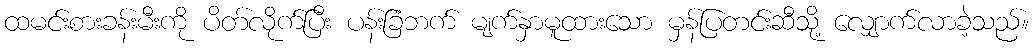
ထမင်းစားခန်းမီးကို ပိတ်လိုက်ပြီး ပန်းခြံဘက် မျက်နှာမူထားသော မှန်ပြတင်းဆီသို့ လျှောက်လာခဲ့သည်။